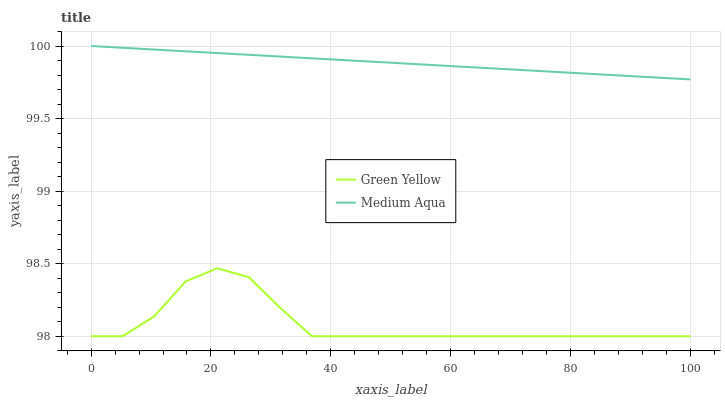
| xaxis_label | Green Yellow | Medium Aqua |
 | --- | --- | --- |
 | 0 | 98 | 100 |
 | 5.26 | 98 | 100 |
 | 10.5 | 98.1 | 100 |
 | 15.8 | 98.4 | 100 |
 | 21.1 | 98.5 | 100 |
 | 26.3 | 98.4 | 99.9 |
 | 31.6 | 98.2 | 99.9 |
 | 36.8 | 98 | 99.9 |
 | 42.1 | 98 | 99.9 |
 | 47.4 | 98 | 99.9 |
 | 52.6 | 98 | 99.9 |
 | 57.9 | 98 | 99.9 |
 | 63.2 | 98 | 99.9 |
 | 68.4 | 98 | 99.8 |
 | 73.7 | 98 | 99.8 |
 | 78.9 | 98 | 99.8 |
 | 84.2 | 98 | 99.8 |
 | 89.5 | 98 | 99.8 |
 | 94.7 | 98 | 99.8 |
 | 100 | 98 | 99.8 |